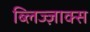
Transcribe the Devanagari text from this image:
ब्लिज्ज़ाक्स